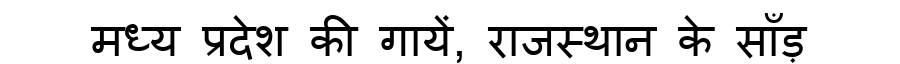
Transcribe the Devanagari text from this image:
मध्य प्रदेश की गायें, राजस्थान के साँड़